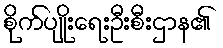
စိုက်ပျိုးရေးဦးစီးဌာန၏